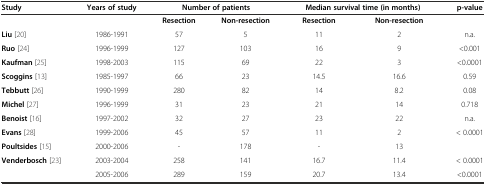
<table><thead><tr><td><b>Study</b></td><td><b>Years of study</b></td><td colspan="2"><b>Number of patients</b></td><td colspan="2"><b>Median survival time (in months)</b></td><td><b>p-value</b></td></tr></thead><tbody><tr><td></td><td></td><td><b>Resection</b></td><td><b>Non-resection</b></td><td><b>Resection</b></td><td><b>Non-resection</b></td><td></td></tr><tr><td><b>Liu</b>[20]</td><td>1986-1991</td><td>57</td><td>5</td><td>11</td><td>2</td><td>n.a.</td></tr><tr><td><b>Ruo</b>[24]</td><td>1996-1999</td><td>127</td><td>103</td><td>16</td><td>9</td><td>&lt;0.001</td></tr><tr><td><b>Kaufman</b>[25]</td><td>1998-2003</td><td>115</td><td>69</td><td>22</td><td>3</td><td>&lt;0.0001</td></tr><tr><td><b>Scoggins</b>[13]</td><td>1985-1997</td><td>66</td><td>23</td><td>14.5</td><td>16.6</td><td>0.59</td></tr><tr><td><b>Tebbutt</b>[26]</td><td>1990-1999</td><td>280</td><td>82</td><td>14</td><td>8.2</td><td>0.08</td></tr><tr><td><b>Michel</b>[27]</td><td>1996-1999</td><td>31</td><td>23</td><td>21</td><td>14</td><td>0.718</td></tr><tr><td><b>Benoist</b>[16]</td><td>1997-2002</td><td>32</td><td>27</td><td>23</td><td>22</td><td>n.a.</td></tr><tr><td><b>Evans</b>[28]</td><td>1999-2006</td><td>45</td><td>57</td><td>11</td><td>2</td><td>&lt; 0.0001</td></tr><tr><td><b>Poultsides</b>[15]</td><td>2000-2006</td><td>-</td><td>178</td><td>-</td><td>13</td><td></td></tr><tr><td rowspan="2"><b>Venderbosch</b>[23]</td><td>2003-2004</td><td>258</td><td>141</td><td>16.7</td><td>11.4</td><td>&lt; 0.0001</td></tr><tr><td>2005-2006</td><td>289</td><td>159</td><td>20.7</td><td>13.4</td><td>&lt;0.0001</td></tr></tbody></table>